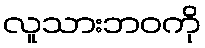
လူသားဘဝကို